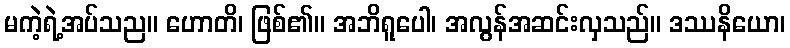
မကဲ့ရဲ့အပ်သည။ ဟောတိ၊ ဖြစ်၏။ အဘိရူပေါ၊ အလွန်အဆင်းလှသည်။ ဒဿနိယော၊